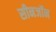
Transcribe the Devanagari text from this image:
सीनजॉन